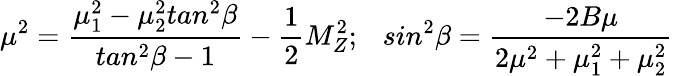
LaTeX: \mu^{2}=\frac{\mu_{1}^{2}-\mu_{2}^{2}tan^{2}\beta}{tan^{2}\beta-1}-\frac{1}{2}M_{Z}^{2};~~~sin^{2}\beta=\frac{-2B\mu}{2\mu^{2}+\mu_{1}^{2}+\mu_{2}^{2}}